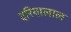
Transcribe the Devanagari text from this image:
दरियालाल